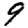
Digit: 9